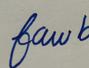
Signature authenticity: forged